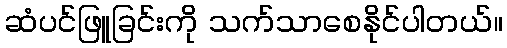
ဆံပင်ဖြူခြင်းကို သက်သာစေနိုင်ပါတယ်။